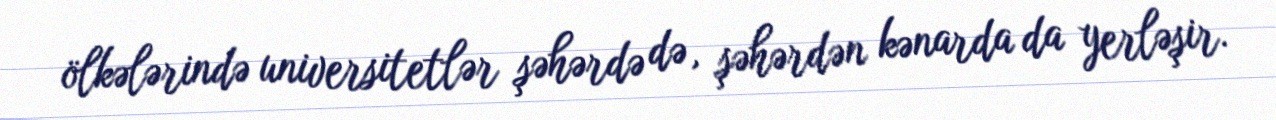
ölkələrində universitetlər şəhərdə də, şəhərdən kənarda da yerləşir.